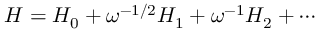
H = H _ { 0 } + \omega ^ { - 1 / 2 } H _ { 1 } + \omega ^ { - 1 } H _ { 2 } + \cdots